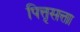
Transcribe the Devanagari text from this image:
पित्तृसत्ता